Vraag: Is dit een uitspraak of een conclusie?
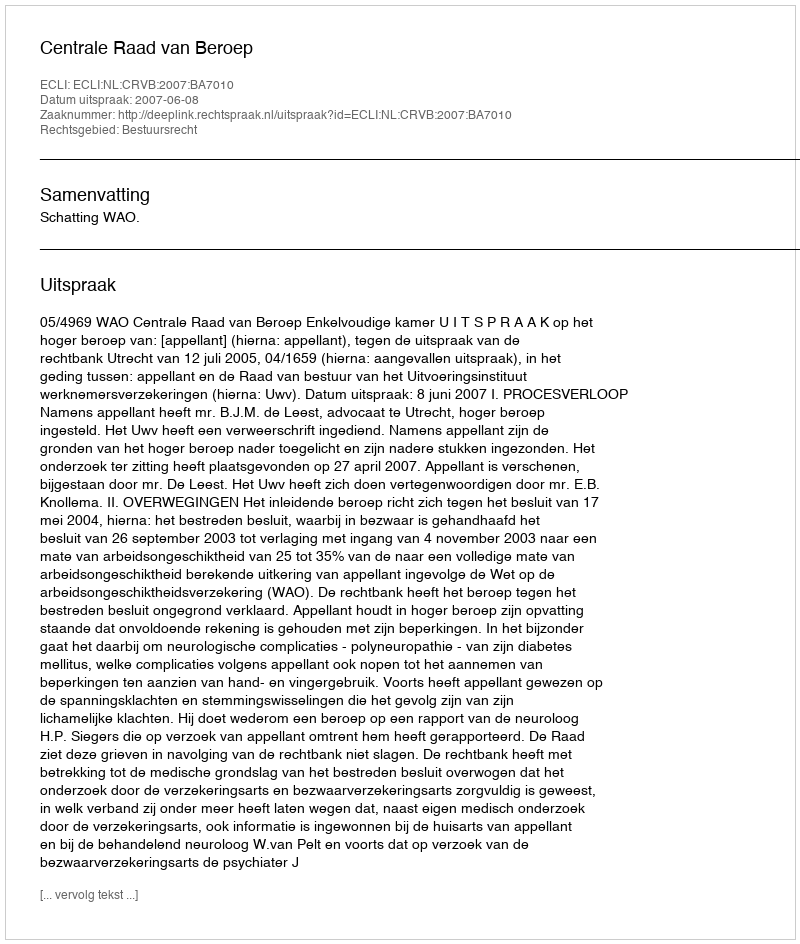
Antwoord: Uitspraak